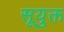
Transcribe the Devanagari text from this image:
सूयुक्त